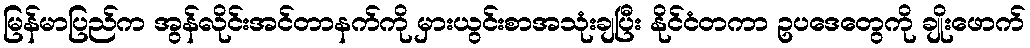
မြန်မာပြည်က အွန်လိုင်းအင်တာနက်ကို မှားယွင်းစာအသုံးချပြီး နိုင်ငံတကာ ဥပဒေတွေကို ချိုးဖောက်